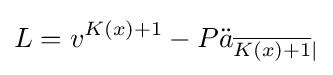
L=v^{K(x)+1}-P{\ddot {a}}_{{\overline {K(x)+1}}|}